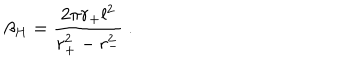
\beta _ { H } = \frac { 2 \pi r _ { + } l ^ { 2 } } { r _ { + } ^ { 2 } - r _ { - } ^ { 2 } } ~ .